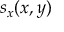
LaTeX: s _ { x } ( x , y )